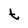
Character: t